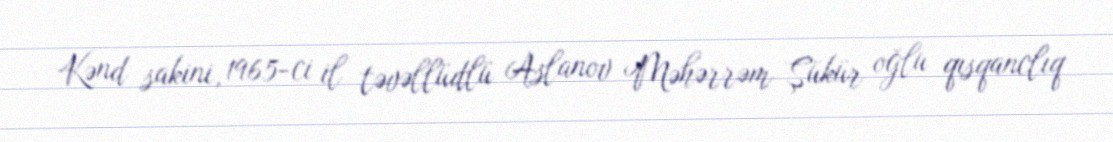
Kənd sakini, 1965-ci il təvəllüdlü Aslanov Məhərrəm Şükür oğlu qısqanclıq